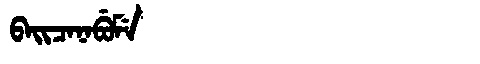
Manchu: ᠪᠠᡳᠴᠠᠨᠠᠪᡠᠮᡝ
Romanization: BAICANABUME